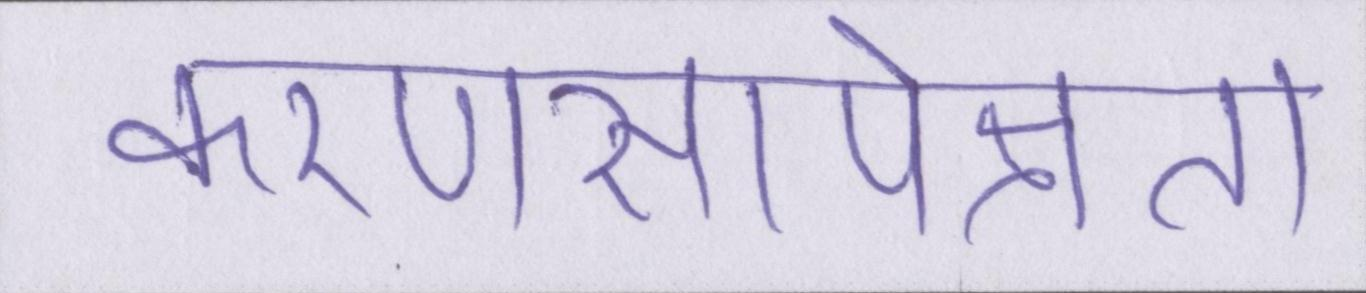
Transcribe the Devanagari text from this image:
करणसापेक्षता